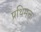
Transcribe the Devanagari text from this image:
प्रथिमक्त